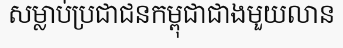
សម្លាប់ប្រជាជនកម្ពុជាជាងមួយលាន